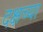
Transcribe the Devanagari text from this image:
दक्षच्या